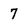
Character: 7